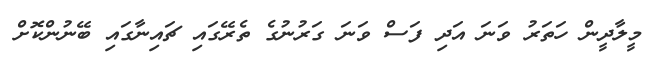
މީލާދީން ހަތަރު ވަނަ އަދި ފަސް ވަނަ ގަރުނުގެ ތެރޭގައި ޗައިނާގައި ބޭނުންކޮށް